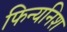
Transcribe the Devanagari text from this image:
फिन्यनिश